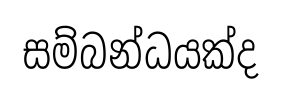
සම්බන්ධයක්ද